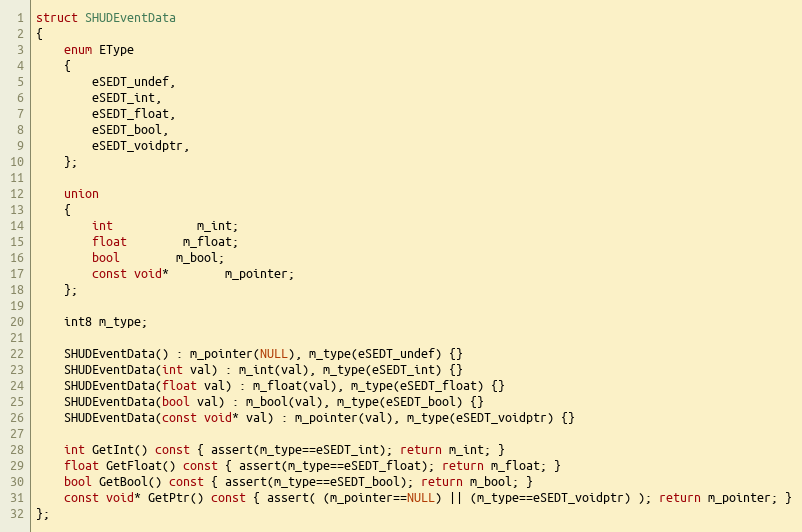
Language: C
struct SHUDEventData
{
	enum EType
	{
		eSEDT_undef,
		eSEDT_int,
		eSEDT_float,
		eSEDT_bool,
		eSEDT_voidptr,
	};

	union
	{
		int			m_int;
		float		m_float;
		bool		m_bool;
		const void*		m_pointer;
	};

	int8 m_type;

	SHUDEventData() : m_pointer(NULL), m_type(eSEDT_undef) {}
	SHUDEventData(int val) : m_int(val), m_type(eSEDT_int) {}
	SHUDEventData(float val) : m_float(val), m_type(eSEDT_float) {}
	SHUDEventData(bool val) : m_bool(val), m_type(eSEDT_bool) {}
	SHUDEventData(const void* val) : m_pointer(val), m_type(eSEDT_voidptr) {}

	int GetInt() const { assert(m_type==eSEDT_int); return m_int; }
	float GetFloat() const { assert(m_type==eSEDT_float); return m_float; }
	bool GetBool() const { assert(m_type==eSEDT_bool); return m_bool; }
	const void* GetPtr() const { assert( (m_pointer==NULL) || (m_type==eSEDT_voidptr) ); return m_pointer; }
};